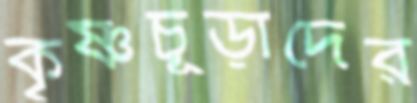
কৃষ্ণচূড়াদের